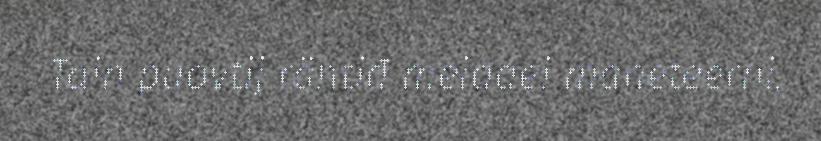
Tain puovtij rähtiđ meiddei maneteerni,